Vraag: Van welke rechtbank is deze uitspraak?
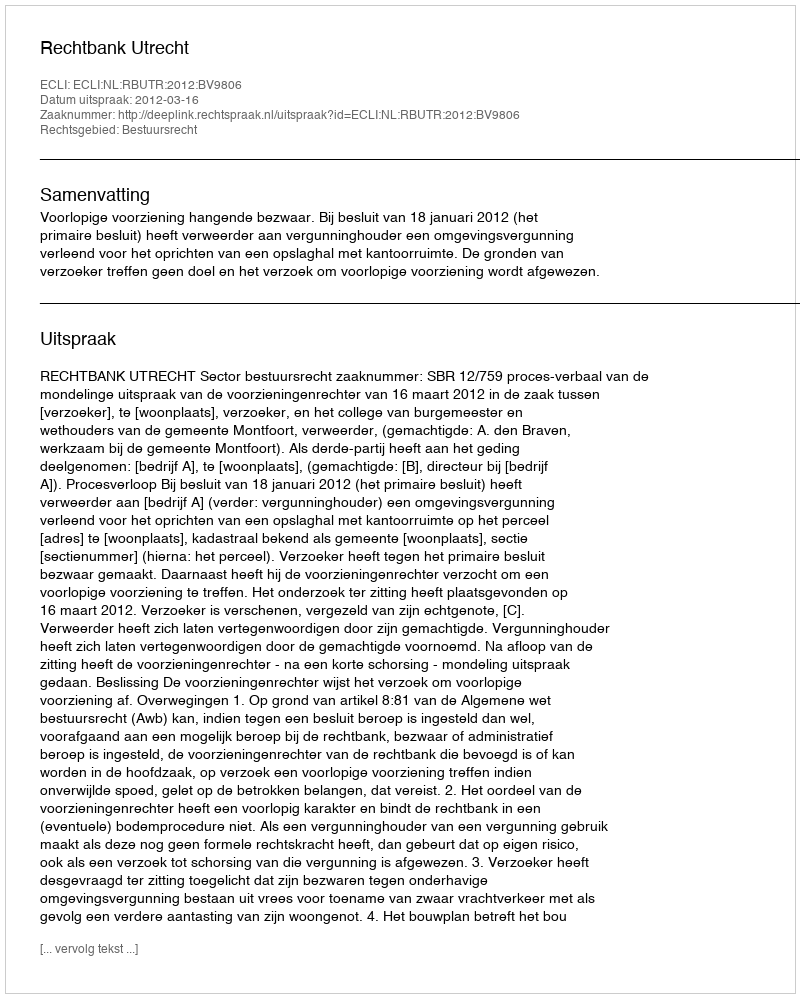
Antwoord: Rechtbank Utrecht